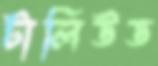
টালিউড